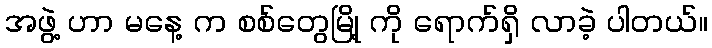
အဖွဲ့ ဟာ မနေ့ က စစ်တွေမြို့ ကို ရောက်ရှိ လာခဲ့ ပါတယ်။